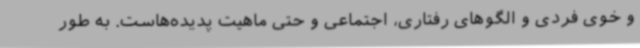
و خوی فردی و الگوهای رفتاری، اجتماعی و حتی ماهیت پدیده‌هاست. به طور